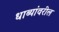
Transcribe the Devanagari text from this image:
धाब्यांवरील